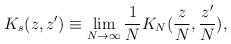
LaTeX: \begin{align*}K_s(z,z')\equiv\lim_{N\rightarrow\infty}\frac1N K_N(\frac{z}{N},\frac{z'}{N}),\end{align*}